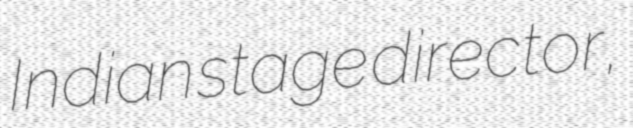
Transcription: Indian stage director,